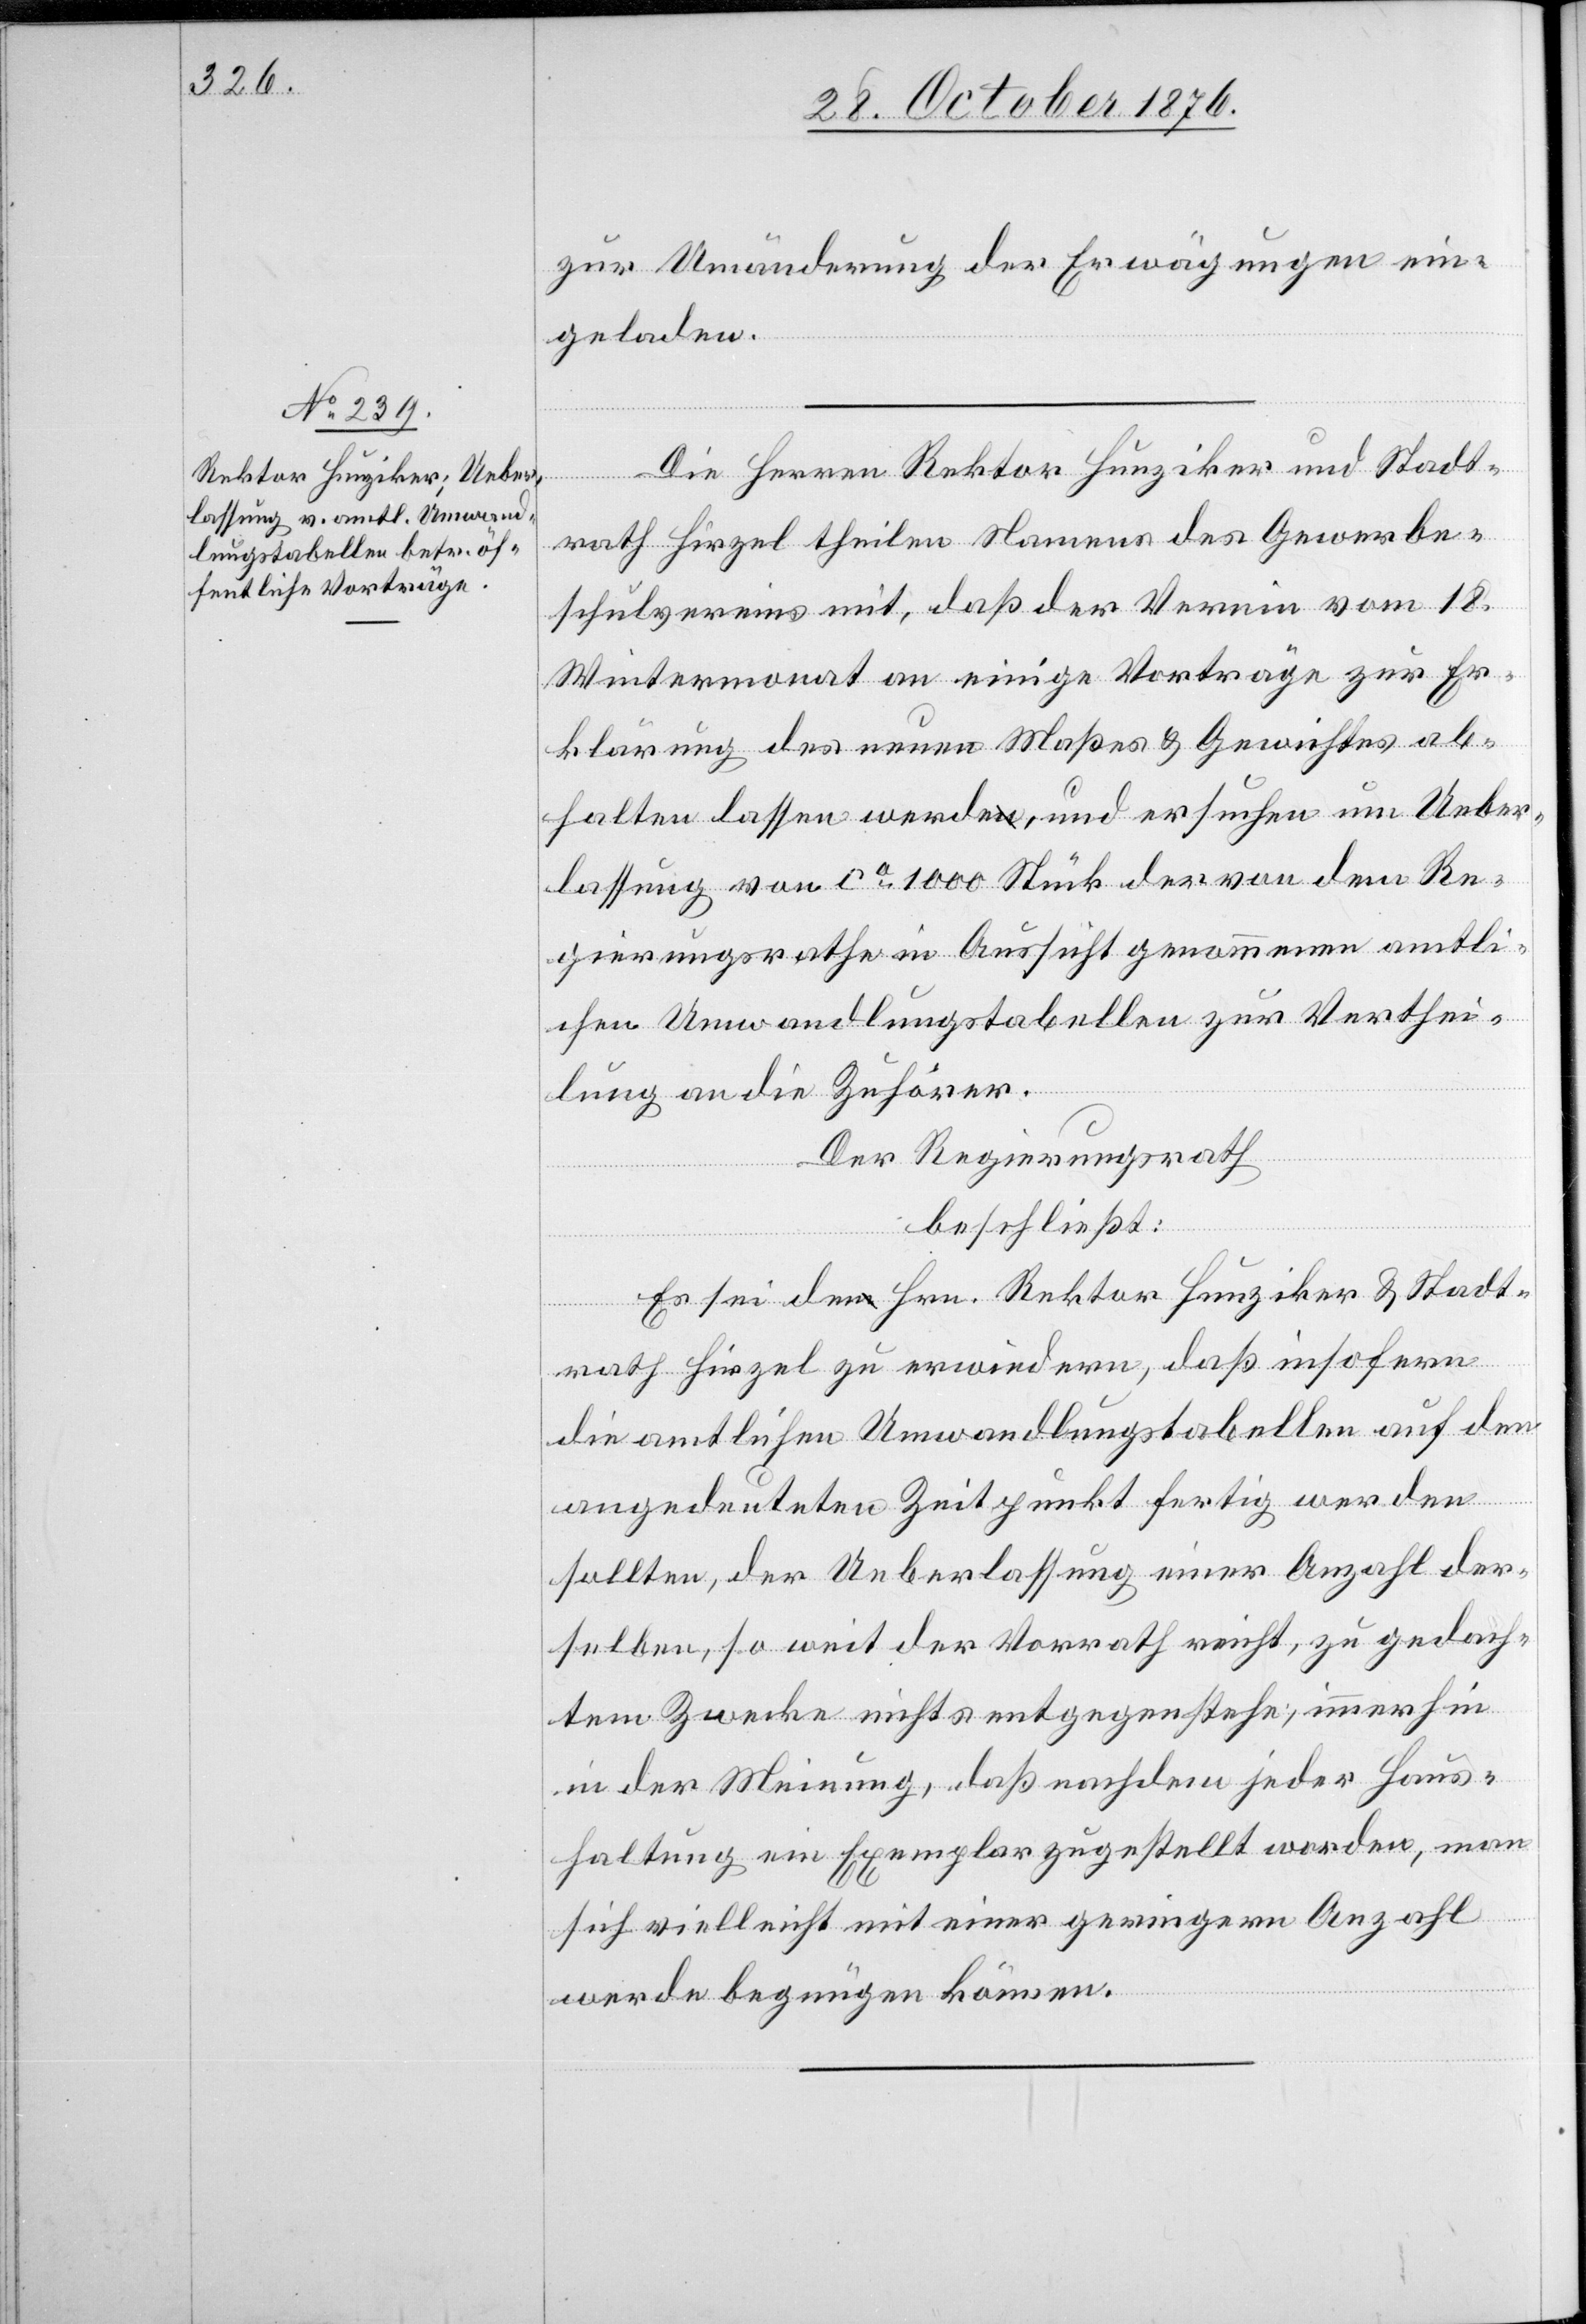
zur Umänderung der Erwägungen ein¬
geladen.
Die Herren Rektor Hunziker und Stadt¬
rath Hirzel theilen Namens des Gewerbe¬
schulvereins mit, daß der Verein vom 18.
Wintermonat an einige Vorträge zur Er¬
klärung des neuen Maßes & Gewichtes ab¬
halten lassen werde, und ersuchen um Ueber¬
lassung von ca 1000 Stück der von dem Re¬
gierungsrathe in Aussicht genommenen amtli¬
chen Umwandlungstabellen zur Verthei¬
lung an die Zuhörer.
Der Regierungsrath
beschließt:
Es sei den Hrn. Rektor Hunziker & Stadt¬
rath Hirzel zu erwiedern, daß insofern
die amtlichen Umwandlungstabellen auf den
angedeuteten Zeitpunkt fertig werden
sollten, der Ueberlassung einer Anzahl der¬
selben, so weit der Vorrath reicht, zu gedach¬
tem Zwecke nichts entgegenstehe, immerhin
in der Meinung, daß nachdem jeder Haus¬
haltung ein Exemplar zugestellt worden, man
sich vielleicht mit einer geringern Anzahl
werde begnügen können.